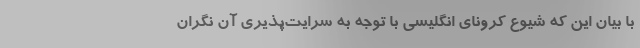
با بیان این که شیوع کرونای انگلیسی با توجه به سرایت‌پذیری آن نگران